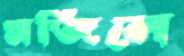
মজিলে